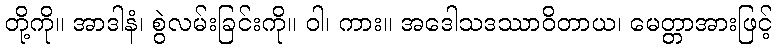
တို့ကို။ အာဒါနံ၊ စွဲလမ်းခြင်းကို။ ဝါ၊ ကား။ အဒေါသဒဿာဝိတာယ၊ မေတ္တာအားဖြင့်